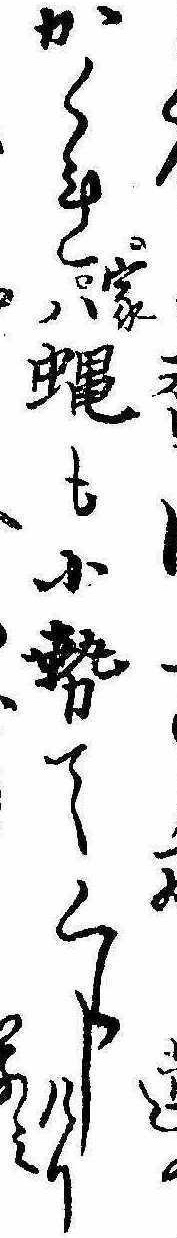
蓮かくれ家は蝿も小勢てくらしけりみ